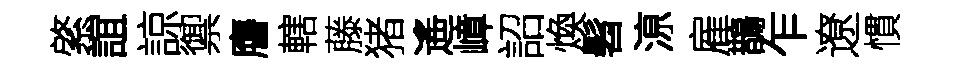
綮誼諒禦譍轄藤猪遙嶂詔煥髫鿌雇鵲乍遼慣